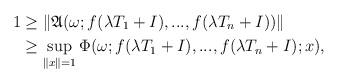
LaTeX: \begin{align*}1 & \geq \| \frak{A}(\omega; f(\lambda T_{1}+I),...,f(\lambda T_{n}+I))\| \\& \geq \sup_{\|x\|=1} \Phi(\omega; f(\lambda T_{1}+I),...,f(\lambda T_{n}+I); x),\end{align*}